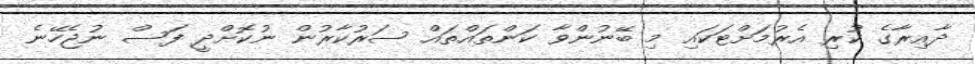
ދާއިރާގެ ކުރި އެރުމަށްޓަކައި މި ބޭނުންވާ ކަންތައްތައް ސަރުކާރުން ނުކޮށްދީ ފަސް ނުޖެހޭނެ